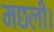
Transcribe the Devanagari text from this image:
मछली।